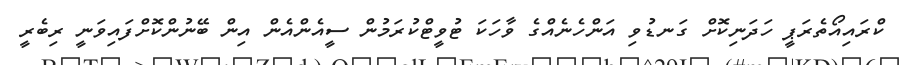
ކްރައިއޯތެރަޕީ ހަދަނިކޮށް ގަނޑުވި އަންހެނެއްގެ ވާހަކަ ޓުވީޓްކުރަމުން ސީއެންއެން އިން ބޭނުންކޮށްފައިވަނީ ރިބެރީ